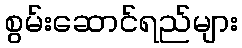
စွမ်းဆောင်ရည်များ